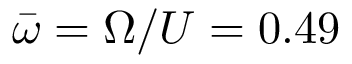
\bar { \omega } = \Omega / U = 0 . 4 9